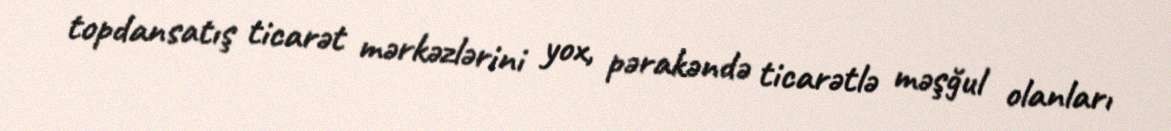
topdansatış ticarət mərkəzlərini yox, pərakəndə ticarətlə məşğul olanları